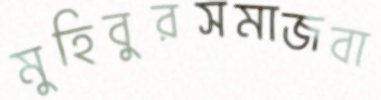
মুহিবুরসমাজবা